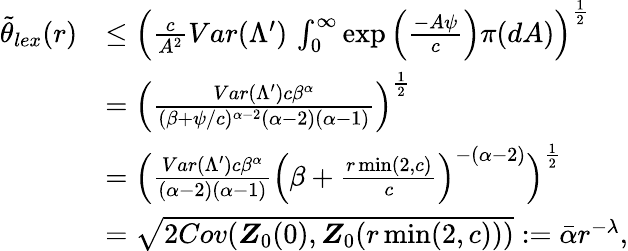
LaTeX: \begin{array}{rl}{\tilde{\theta}_{lex}(r)}&{\leq\Big(\frac{c}{A^{2}}Var(\Lambda^{\prime})\, \int_{0}^{\infty}\exp\Big(\frac{-A\psi}{c}\Big)\pi(dA)\Big)^{\frac{1}{2}}}\\ &{=\Big(\frac{Var(\Lambda^{\prime})c\beta^{\alpha}}{(\beta+\psi/c)^{\alpha-2}(\alpha-2)(\alpha-1)}\Big)^{\frac{1}{2}}}\\ &{=\Big(\frac{Var(\Lambda^{\prime})c\beta^{\alpha}}{(\alpha-2)(\alpha-1)}\Big(\beta+\frac{r\operatorname*{min}(2,c)}{c}\Big)^{-(\alpha-2)}\Big)^{\frac{1}{2}}}\\ &{=\sqrt{2Cov(\boldsymbol{Z}_{0}(0),\boldsymbol{Z}_{0}(r\operatorname*{min}(2,c)))}:=\bar{\alpha}r^{-\lambda},}\end{array}